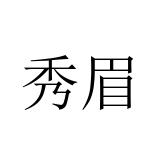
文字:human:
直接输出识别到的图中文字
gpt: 秀眉